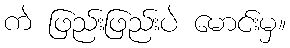
ကဲ ဖြည်းဖြည်းပဲ မောင်းမှ။